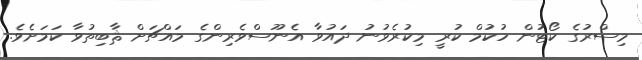
މިސްރުގެ ކޯޓުން ހުކުމް ކުރީ މިކުރެވުނު ދައުވާ އެނޫސްވެރިންގެ މައްޗަށް ޘާބިތުވާ ކަމަށެވެ.